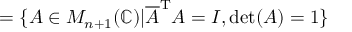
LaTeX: = \{ A \in M _ { n + 1 } ( \mathbb { C } ) | { \overline { { A } } } ^ { \mathrm { T } } A = I , \det ( A ) = 1 \}